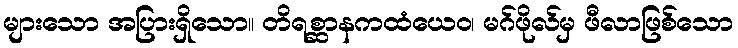
များသော အပြားရှိသော။ တိရစ္ဆာနကထံယေဝ၊ မဂ်ဖိုလ်မှ ဖီလာဖြစ်သော